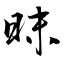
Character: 昩